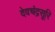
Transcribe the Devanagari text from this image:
देवचंद्रसूरि